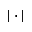
| \cdot |